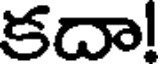
కదా!